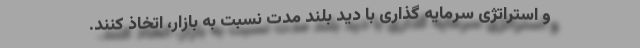
و استراتژی سرمایه گذاری با دید بلند مدت نسبت به بازار، اتخاذ کنند.